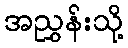
အညွှန်းသို့